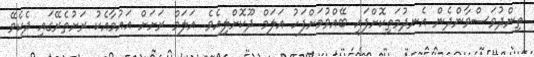
ތިންދުވަސްވާންދެން އެނދުމަތިކޮށްފައި ބޭއްވުމަށްފަހު އަލަމް ދޫކޮށްލިއެވެ. އަލަމް ރަށަށް އައުމާއެކު ރަށުތެރޭގައި ދެކެވޭ